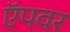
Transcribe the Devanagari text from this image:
ऍपवर